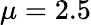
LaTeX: \mu=2.5